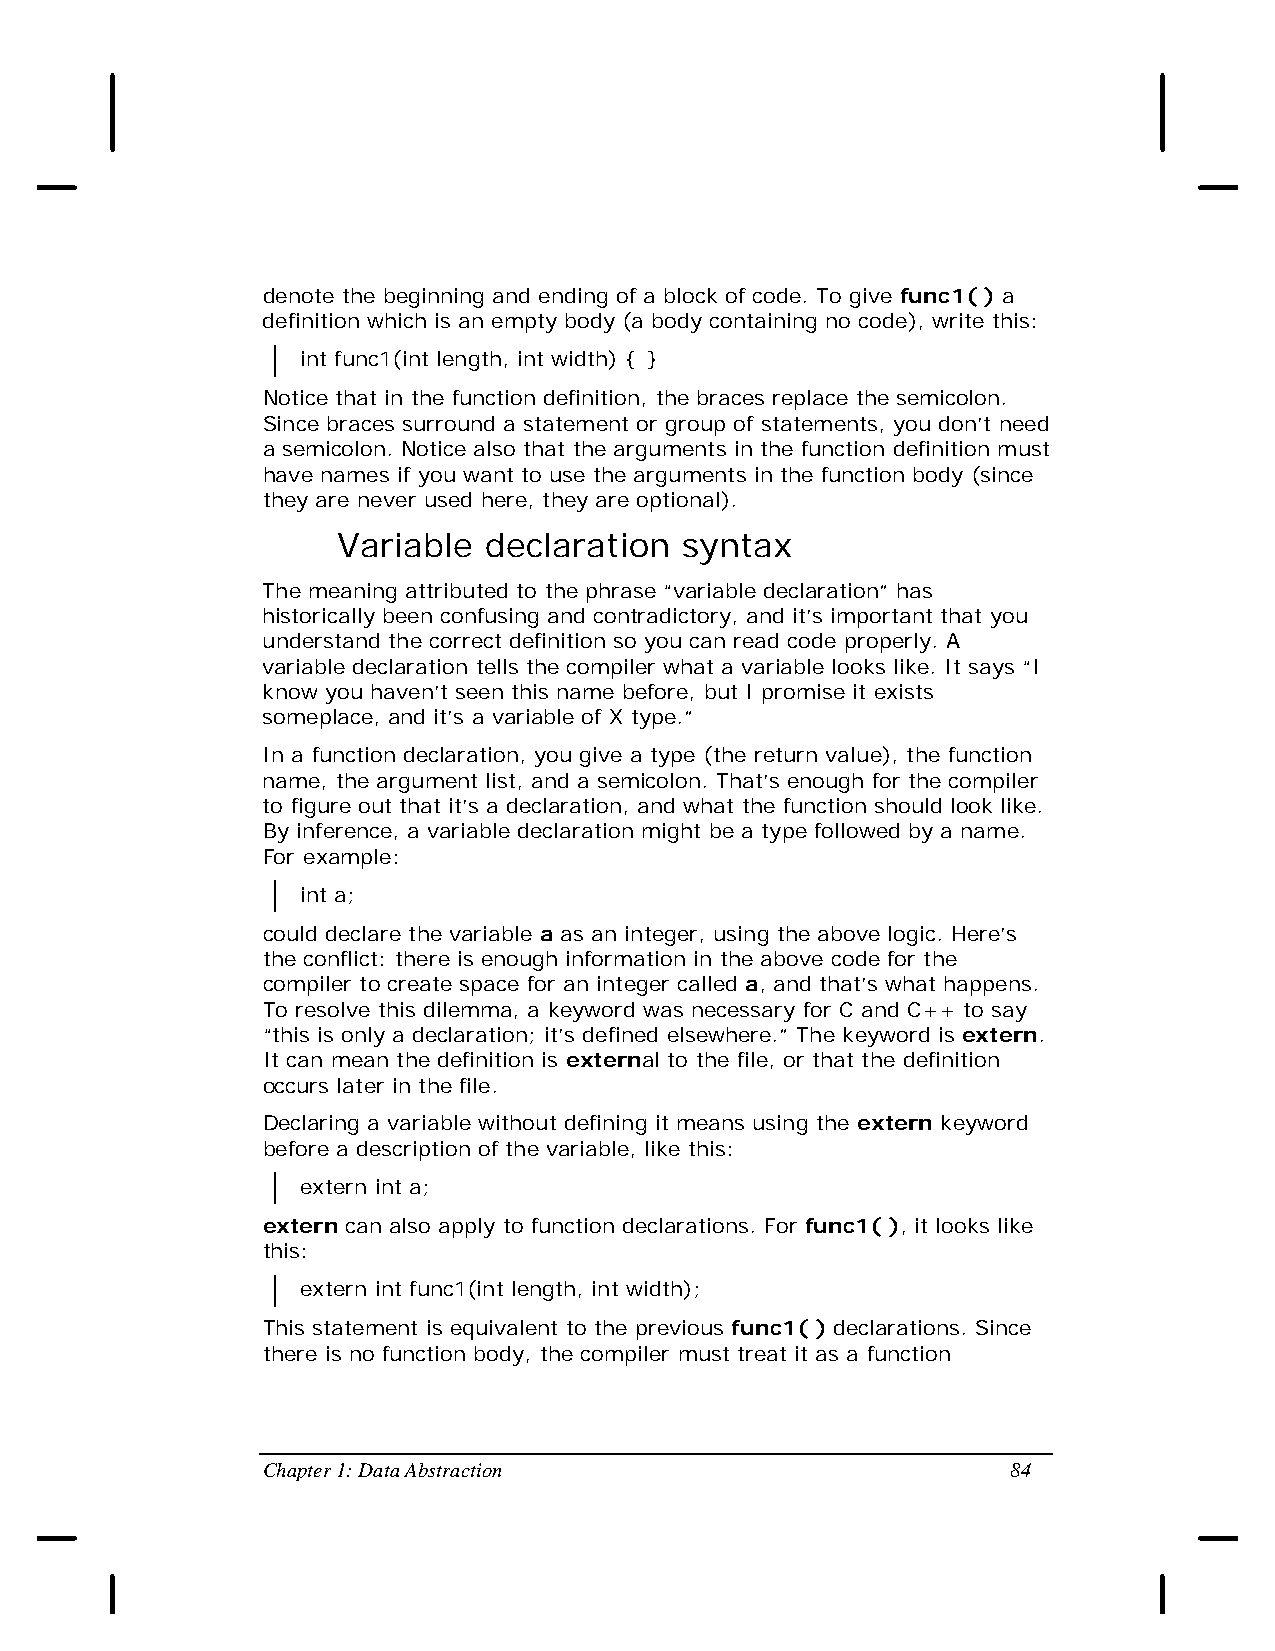
denote the beginning and ending of a block of code. To give func1( ) a
 definition which is an empty body (a body containing no code), write this:
 int func1(int length, int width) { }
 Notice that in the function definition, the braces replace the semicolon.
 Since braces surround a statement or group of statements, you don’t need
 a semicolon. Notice also that the arguments in the function definition must
 have names if you want to use the arguments in the function body (since
 they are never used here, they are optional).
 Variable  declaration  syntax
 The meaning attributed to the phrase “variable declaration” has
 historically been confusing and contradictory, and it’s important that you
 understand the correct definition so you can read code properly. A
 variable declaration tells the compiler what a variable looks like. It says “I
 know you haven’t seen this name before, but I promise it exists
 someplace, and it’s a variable of X type.”
 In a function declaration, you give a type (the return value), the function
 name, the argument list, and a semicolon. That’s enough for the compiler
 to figure out that it’s a declaration, and what the function should look like.
 By inference, a variable declaration might be a type followed by a name.
 For example:
 int a;
 could declare the variable a as an integer, using the above logic. Here’s
 the conflict: there is enough information in the above code for the
 compiler to create space for an integer called a, and that’s what happens.
 To resolve this dilemma, a keyword was necessary for C and C++ to say
 “this is only a declaration; it’s defined elsewhere.” The keyword is extern.
 It can mean the definition is external to the file, or that the definition
 occurs later in the file.
 Declaring a variable without defining it means using the extern keyword
 before a description of the variable, like this:
 extern int a;
 extern can also apply to function declarations. For func1( ), it looks like
 this:
 extern int func1(int length, int width);
 This statement is equivalent to the previous func1( ) declarations. Since
 there is no function body, the compiler must treat it as a function
 Chapter 1: Data Abstraction                       84